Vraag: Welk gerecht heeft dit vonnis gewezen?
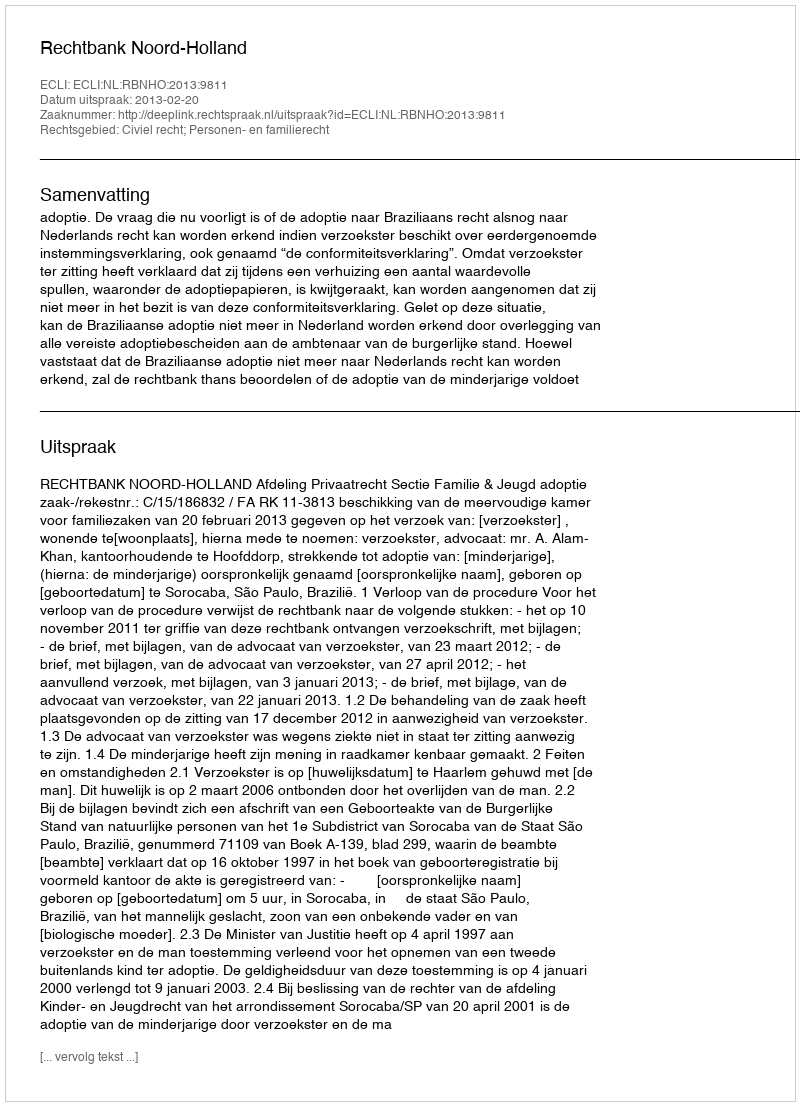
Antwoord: Rechtbank Noord-Holland